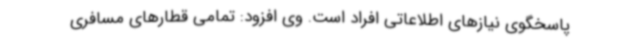
پاسخگوی نیازهای اطلاعاتی افراد است. وی افزود: تمامی قطارهای مسافری